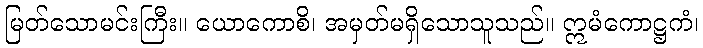
မြတ်သောမင်းကြီး။ ယောကောစိ၊ အမှတ်မရှိသောသူသည်။ ဣမံကောဋ္ဌကံ၊